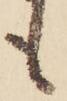
も